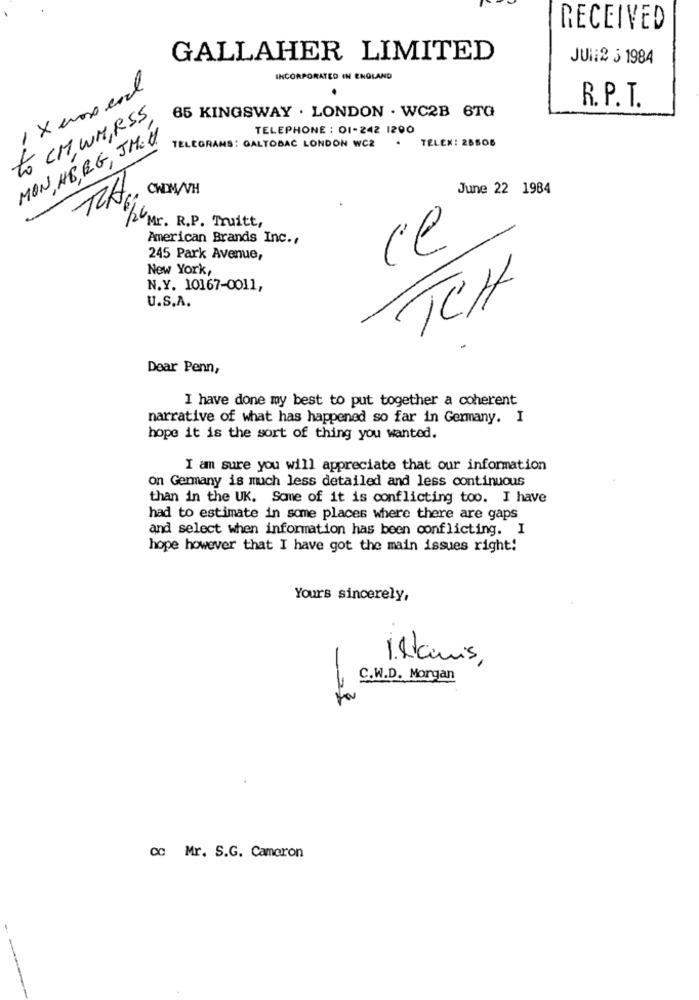
RECEIVED
GALLAHER LIMITED
JUI:2 5 1984
INCORPORATED IN ENGLAND
85 KINGSWAY . LONDON . WC2B 6TQ
R. P. T.
to CH WH,RSS,
TELEPHONE : 01-242 1200
MON, HE, RG, JMU
TELEX: 28506
TELEGRAMS: GALTOBAC LONDON WC2
RA.
CWDM/VH
June 22 1984
UMr. R.P. Truitt,
American Brands Inc .,
245 Park Avenue,
New York,
N.Y. 10167-0011,
U.S.A.
TCH
Dear Penn,
I have done my best to put together a coherent
narrative of what has happened so far in Germany. I
hope it is the sort of thing you wanted.
I am sure you will appreciate that our information
on Germany is much less detailed and less continuous
than in the UK. Some of it is conflicting too. I have
had to estimate in some places where there are gaps
and select when information has been conflicting. I
hope however that I have got the main issues right!
Yours sincerely,
islamis,
C.W.D. Morgan
cc Mr. S.G. Cameron
-